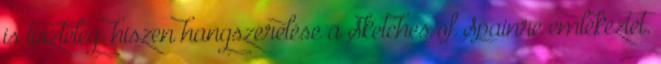
is tiszteleg. hiszen hangszerelése a Sketches of Spainre emlékeztet.